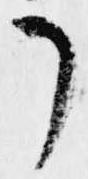
了